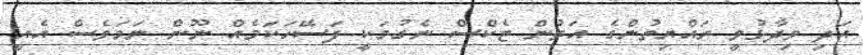
އަދި ވިދާޅުވީ ރައްޔިތުންގެ އަތުން ޓެކްސް ނެގުމަކީ ފަސޭހަކަމެއް ނޫން ނަމަވެސް އެއީ